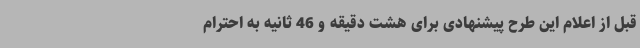
قبل از اعلام این طرح پیشنهادی برای هشت دقیقه و 46 ثانیه به احترام